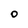
Character: O